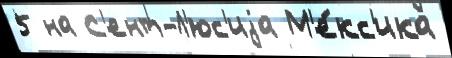
5 на С'ент-Л'юс'иjа М'е́кс'ика